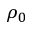
\rho _ { 0 }